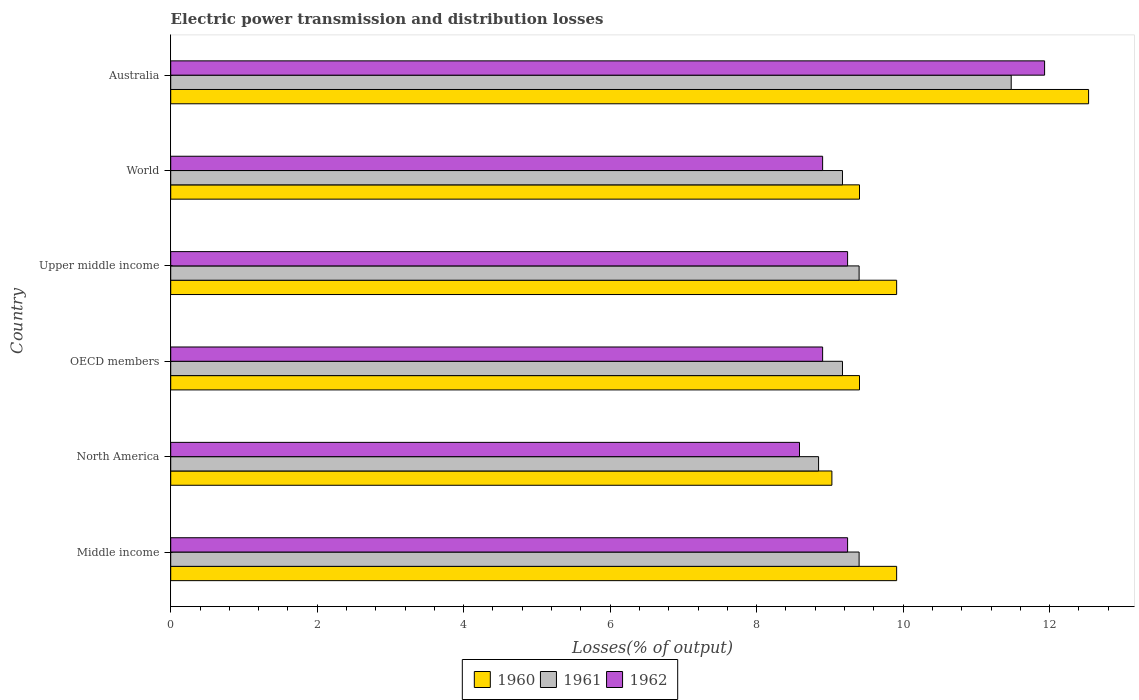
| Country | 1960 | 1961 | 1962 |
 | --- | --- | --- | --- |
 | Middle income | 9.91 | 9.4 | 9.24 |
 | North America | 9.03 | 8.85 | 8.59 |
 | OECD members | 9.4 | 9.17 | 8.9 |
 | Upper middle income | 9.91 | 9.4 | 9.24 |
 | World | 9.4 | 9.17 | 8.9 |
 | Australia | 12.5 | 11.5 | 11.9 |